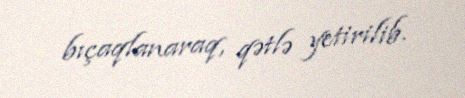
bıçaqlanaraq, qətlə yetirilib.